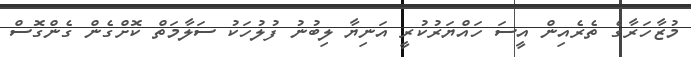
މުޒާހަރާގެ ތެރެއިން އީސަ ހައްޔަރުކުރީ އަނިޔާ ލިބުނު ފުލުހަކު ސަލާމަތް ކޮށްގެން ގެންގޮސް